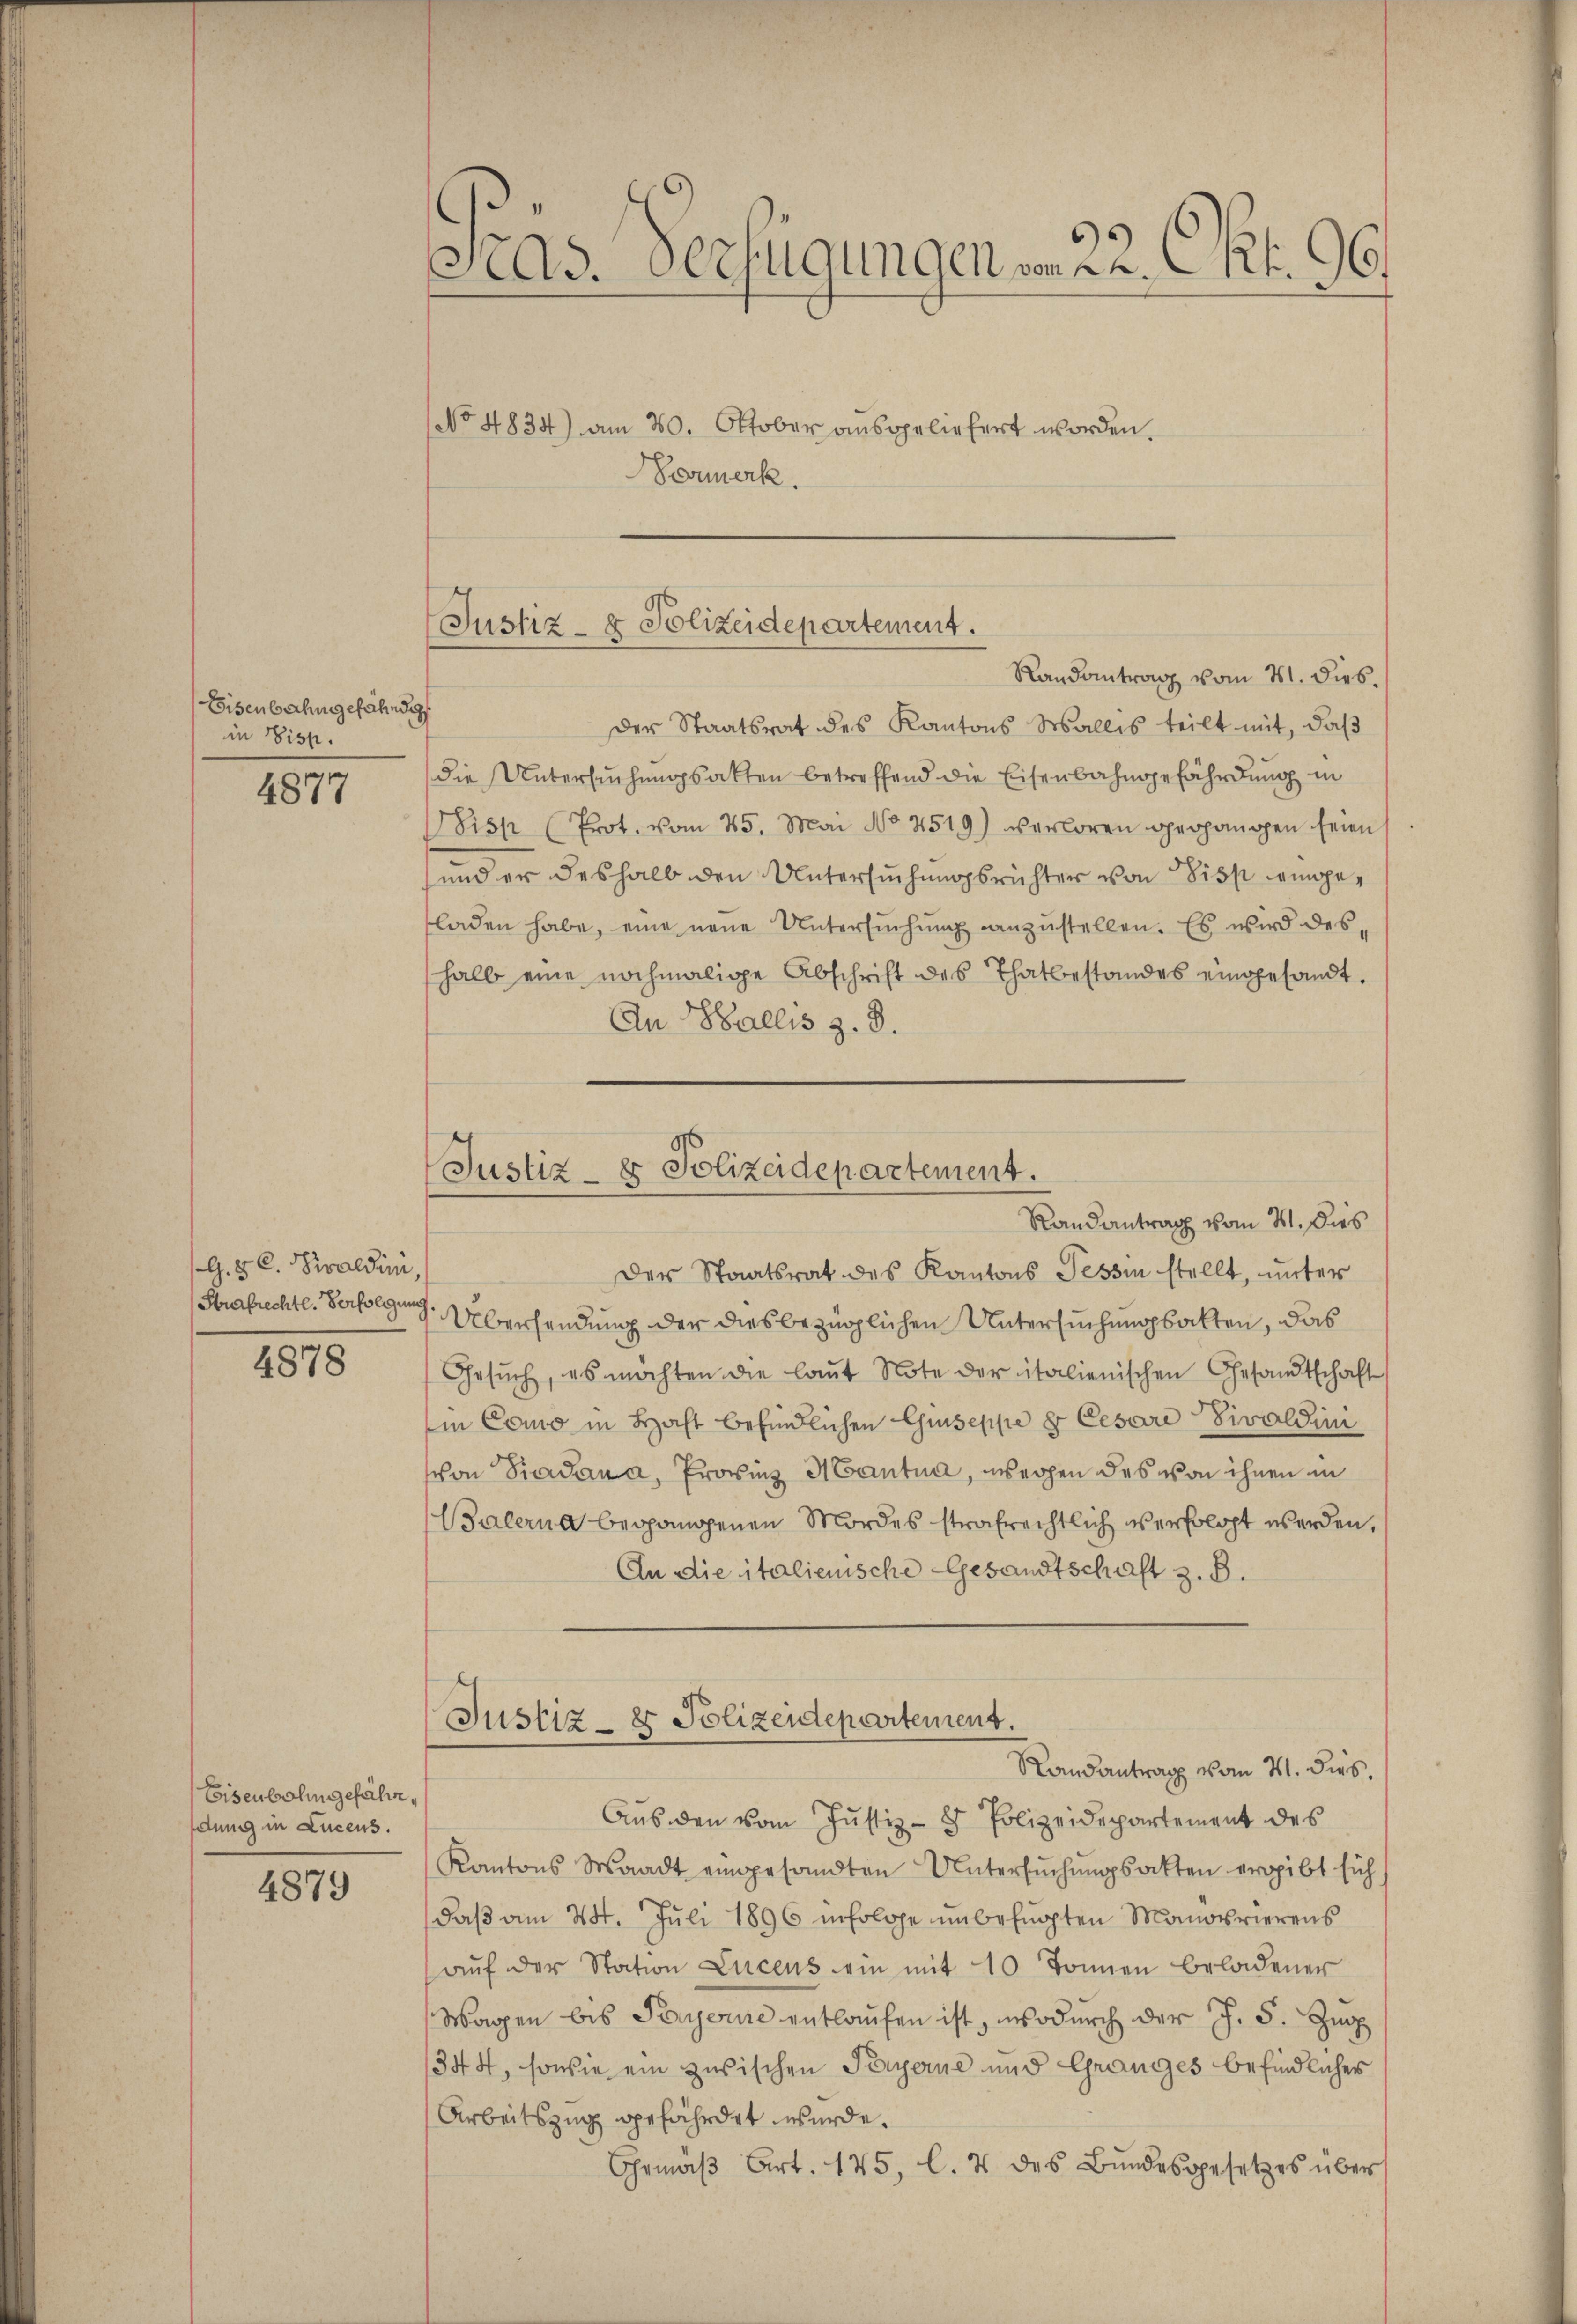
Eisenbahngefähndig
in Disp.

4877

G. 3. C. Siraldini,
Strafrechte. Verfolgung

4878

Eisenbahngefährdung in Lucens.

4879

Pras Verfügungen v. 22. Okt. 196.

No 4834) am 20. Oktober ausgeliefert worden.
Vormerk.

Justiz- & Polizeidepartement.
Randantrag vom 21. dies.

Justiz- & Polizeidepartement.
Randantrag vom 21. dies

Der Staatsrat des Kantons Wallis teilt mit, daß
die Untersuchungsakten betreffend die Eisenbahngefährdung in
Sisp (Prot. vom 25. Mai No 2519) verloren gegangen seien
und er deshalb den Untersuchungsrichter von Siss eingeladen habe, eine neue Untersŭchŭng anzustellen. Es wird deshalb eine nochmalige Abschrift des Thatbestandes eingesandt.
An Wallis z. B.
Der Staatsrat des Kantons Tessin stellt, unter
 Übersendung der diesbezüglichen Untersuchungsakten, das
Gesŭch, es möchten die laŭt Note der italienischen Gesandtschaft
in Como in Haft befindlichen Guseppe er Cesare Tivoldini
von Badana, Provinz Mantua, wegen des von ihnen in
Balerna begangenen Mordes strafrechtlich verfolgt werden,
An die italienische Gesandtschaft z. B.
Justiz- & Polizendepartement.
Randantrag vom 21. dies.
Aŭs den vom Justiz- & Polizeidepartement des
Kantons Waadt eingesandten Untersuchungsakten ergibt sich
daβ am 24. Juli 1896 infolge unbefugten Manoerierens
aŭf der Station Lucens ein mit 10 Tonnen beladener
Wagen bis Personne entlaufen ist, wodurch der J. S. Zug
1344, sowie ein zwischen Payerne und Granges befindliches
Arbeitszug gefährdet wurde.
Ehemäβ Art. 145, l. 4 des Bŭndesgesetzes über